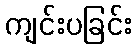
ကျင်းပခြင်း